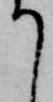
て